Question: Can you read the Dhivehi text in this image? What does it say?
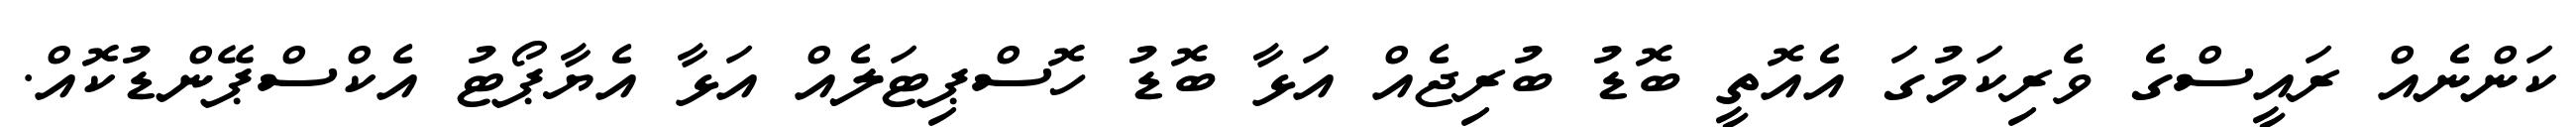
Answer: ކަންނެއް ރައީސްގެ ވެރިކަމުގަ އެއޮތީ ބޮޑު ބުރިޖެއް އަޅާ ބޮޑު ހޮސްޕިޓަލެއް އަޅާ އެޔާޕޯޓު އެކްސްޕޭންޑުކޮއް.